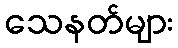
သေနတ်များ